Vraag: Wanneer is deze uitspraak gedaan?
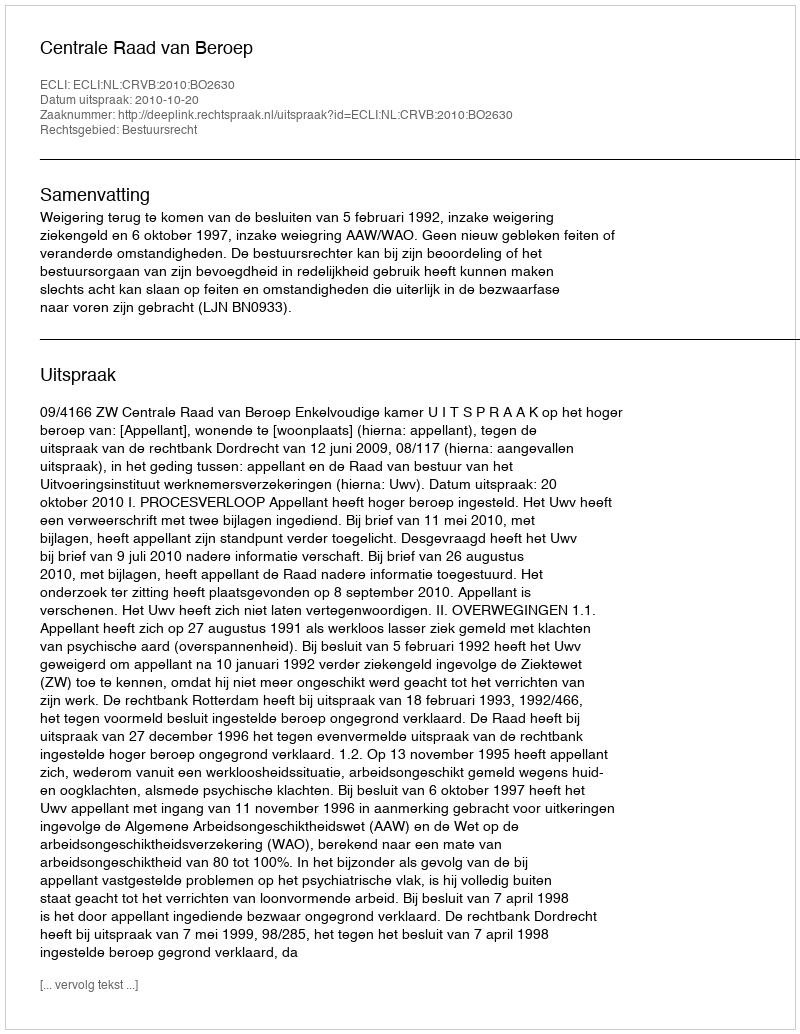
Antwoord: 2010-10-20